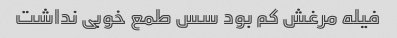
فیله مرغش کم بود سس طمع خوبی نداشت